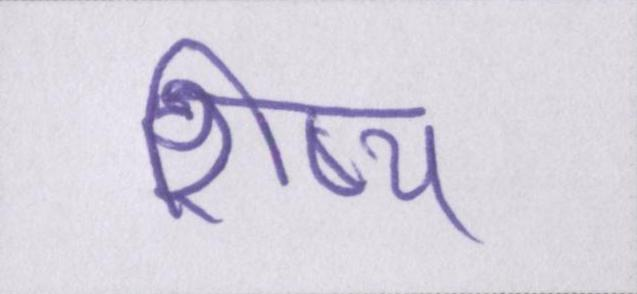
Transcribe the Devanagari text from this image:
शिष्य